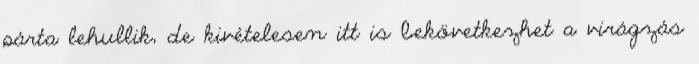
párta lehullik, de kivételesen itt is bekövetkezhet a virágzás